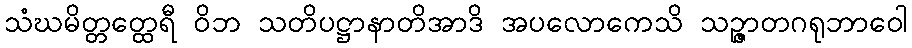
သံဃမိတ္တတ္ထေရီ ဝိဘ သတိပဋ္ဌာနာတိအာဒိ အပလောကေသိ သဉ္ဇာတဂရုဘာဝေါ